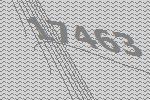
17463